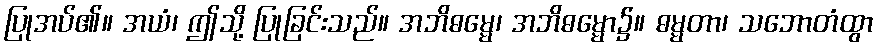
ပြုအပ်၏။ အယံ၊ ဤသို့ ပြုခြင်းသည်။ အဘိဓမ္မေ၊ အဘိဓမ္မော၌။ ဓမ္မတာ၊ သဘောတံထွာ